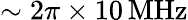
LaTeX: \sim 2\pi\times 10\, \mathrm{MHz}